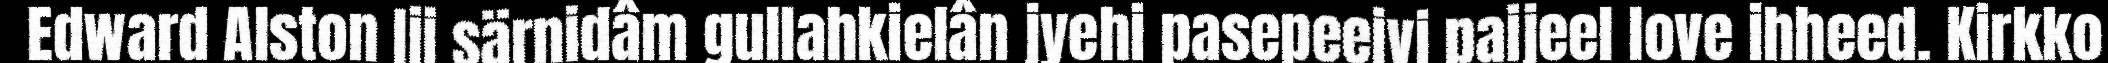
Edward Alston lii särnidâm gullahkielân jyehi pasepeeivi paijeel love ihheed. Kirkko